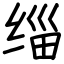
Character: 缁